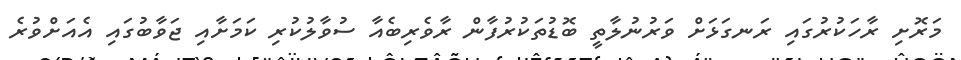
މަރޮށި ރާހަކުރުގައި ރަނގަޅަށް ވަރުނުލާތީ ބޮޑުތަކުރުފާން ރާވެރިބެއާ ސުވާލުކުރި ކަމަށާއި ޖަވާބުގައި އެއަށްވުރެ